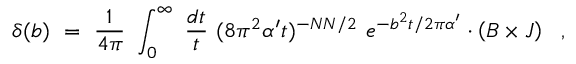
\delta ( b ) ~ = ~ \frac { 1 } { 4 \pi } ~ \int _ { 0 } ^ { \infty } ~ \frac { d t } { t } ~ ( 8 \pi ^ { 2 } \alpha ^ { \prime } t ) ^ { - N N / 2 } ~ e ^ { - b ^ { 2 } t / 2 \pi \alpha ^ { \prime } } \cdot \left( B \times J \right) ~ ~ ,